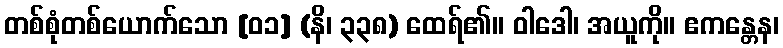
တစ်စုံတစ်ယောက်သော [၀၁] (နိ၊ ၃၃၈) ထေရ်၏။ ဝါဒေါ၊ အယူကို။ ဧကန္တေန၊